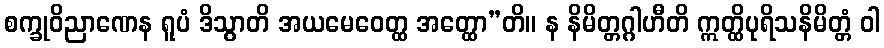
စက္ခုဝိညာဏေန ရူပံ ဒိသွာတိ အယမေဝေတ္ထ အတ္ထော”တိ။ န နိမိတ္တဂ္ဂါဟီတိ ဣတ္ထိပုရိသနိမိတ္တံ ဝါ